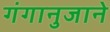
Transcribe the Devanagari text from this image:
गंगानुजाने